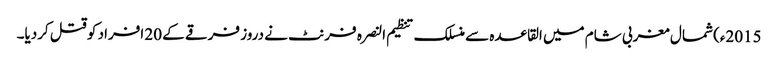
2015ء) شمال مغربی شام میں القاعدہ سے منسلک تنظیم النصرہ فرنٹ نے دروز فرقے کے 20 افراد کو قتل کردیا۔